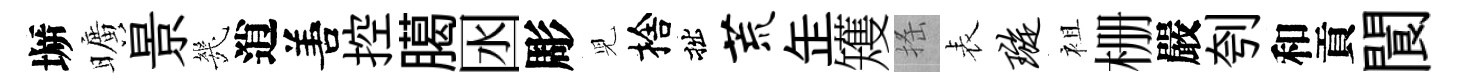
󶱲曠景㡬逍𠵊控臈囦彫児捨拙荒𦈢矱搖表璇袓栅嚴刳和貢閬